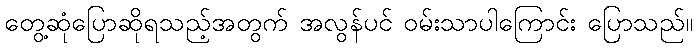
တွေ့ဆုံပြောဆိုရသည့်အတွက် အလွန်ပင် ဝမ်းသာပါကြောင်း ပြောသည်။